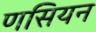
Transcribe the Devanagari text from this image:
णसियन